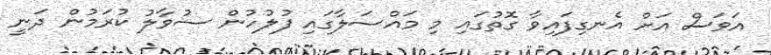
އަވަސް އަށް އެނގިފައިވާ ގޮތުގައި މި މައްސަލާގައި ފުލުހުން ސުވާލު ކުރަމުން ދަނީ